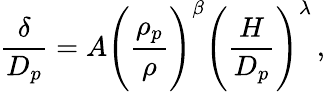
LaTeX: \frac{\delta}{D_{p}}=A\Bigg(\frac{\rho_{p}}{\rho}\Bigg)^{\beta}\Bigg(\frac{H}{D_{p}}\Bigg)^{\lambda}\, ,